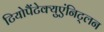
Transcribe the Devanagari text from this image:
टियोपैंटेक्युएंनिट्लन